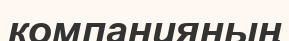
компанияның